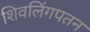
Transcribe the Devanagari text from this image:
शिवलिंगपतन